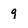
Character: 9